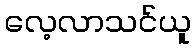
လေ့လာသင်ယူ